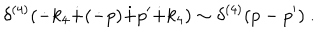
\delta ^ { ( 4 ) } ( \dot { - } k _ { 4 } \dot { + } ( \dot { - } p ) \dot { + } p ^ { \prime } \dot { + } k _ { 4 } ) \sim \delta ^ { ( 4 ) } ( p - p ^ { \prime } ) ~ .